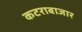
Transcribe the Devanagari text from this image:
कटराबाजार